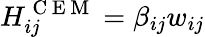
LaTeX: H_{ij}^{\mathrm{~C~E~M~}}=\beta_{ij}w_{ij}